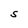
Character: S